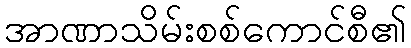
အာဏာသိမ်းစစ်ကောင်စီ၏